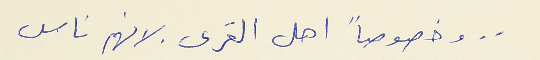
. . وخصوصاً اهل القرى . لانهم ناس